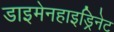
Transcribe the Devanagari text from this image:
डाइमेनहाइड्रिनेट